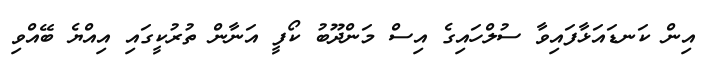
އިން ކަނޑައަޅާފައިވާ ސުލްހައިގެ އިސް މަންދޫބު ކޯފީ އަނާން ތުރުކީގައި އިއްޔެ ބޭއްވި